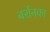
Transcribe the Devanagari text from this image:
बर्रानका